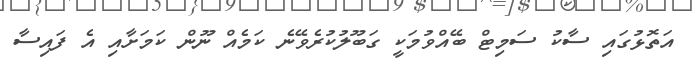
އަތޮޅުގައި ސާކު ސަމިޓް ބޭއްވުމަކީ ގަބޫލުކުރެވޭނެ ކަމެއް ނޫން ކަމަށާއި އެ ފައިސާ